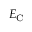
E _ { \mathrm { { C } } }